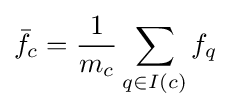
{\bar {f_{c}}}={\frac {1}{m_{c}}}\sum \limits _{q\in I(c)}f_{q}